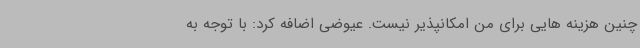
چنین هزینه هایی برای من امکانپذیر نیست. عیوضی اضافه کرد: با توجه به